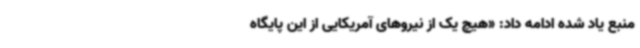
منبع یاد شده ادامه داد: «هیچ یک از نیروهای آمریکایی از این پایگاه